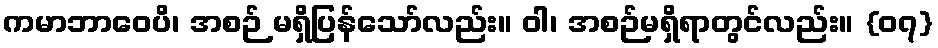
ကမာဘာဝေပိ၊ အစဉ် မရှိပြန်သော်လည်း။ ဝါ၊ အစဉ်မရှိရာတွင်လည်း။ {၀၇}